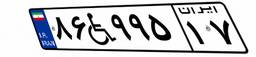
۸۶W۹۹۵۱۷